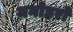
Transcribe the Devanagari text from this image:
मनोहरो